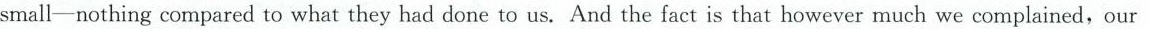
small—nothing compared to what they had done to us. And the fact is that however much we complained，our